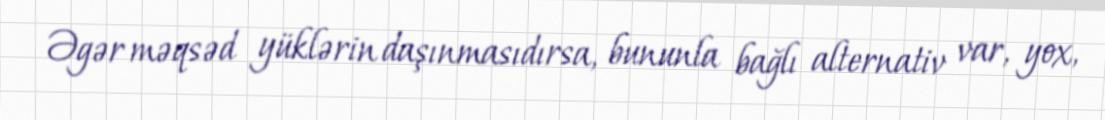
Əgər məqsəd yüklərin daşınmasıdırsa, bununla bağlı alternativ var, yox,